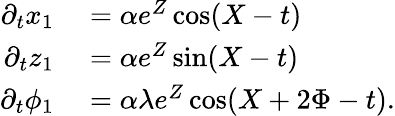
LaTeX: \begin{array}{rl}{\partial_{t}x_{1}}&{{}=\alpha e^{Z}\cos(X-t)}\\ {\partial_{t}z_{1}}&{{}=\alpha e^{Z}\sin(X-t)}\\ {\partial_{t}\phi_{1}}&{{}=\alpha\lambda e^{Z}\cos(X+2\Phi-t).}\end{array}